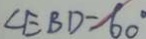
\angle E B D = 6 0 ^ { \circ }